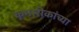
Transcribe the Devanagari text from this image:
कुमारीकांच्या